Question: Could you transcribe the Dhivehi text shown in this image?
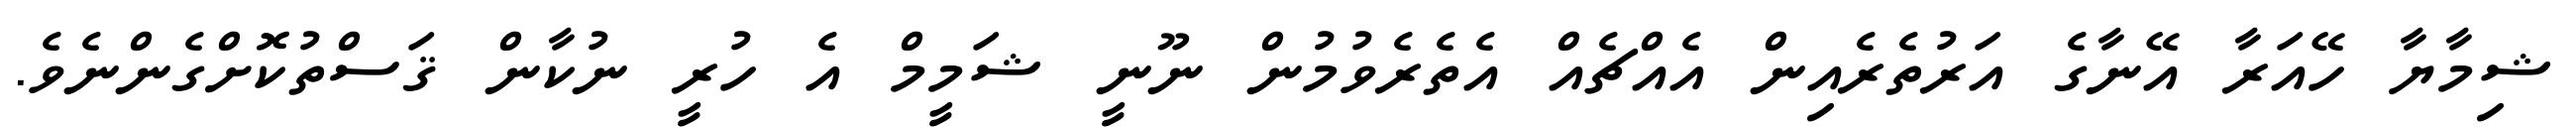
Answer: ޝިމާޔާ ހޭއަރާ އޭނާގެ އަރުތެރެއިން އެއްޗެއް އެތެރެވުމުން ނޫނީ ޝަމީމް އެ ހުރީ ނުކާން ޤަސްތުކޮށްގެންނެވެ.